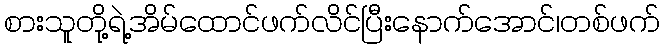
စားသူတို့ရဲ့အိမ်ထောင်ဖက်လိင်ပြီးနောက်အောင်၊တစ်ဖက်